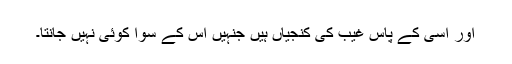
اور اسی کے پاس غیب کی کنجیاں ہیں جنہیں اس کے سوا کوئی نہیں جانتا۔